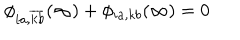
LaTeX: \phi _ { i a , \overline { { { k } } } \overline { { { b } } } } ( \infty ) + \phi _ { i a , k b } ( \infty ) = 0